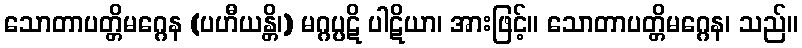
သောတာပတ္တိမဂ္ဂေန (ပဟီယန္တိ၊) မဂ္ဂပ္ပဋိ ပါဋိယာ၊ အားဖြင့်။ သောတာပတ္တိမဂ္ဂေန၊ သည်။